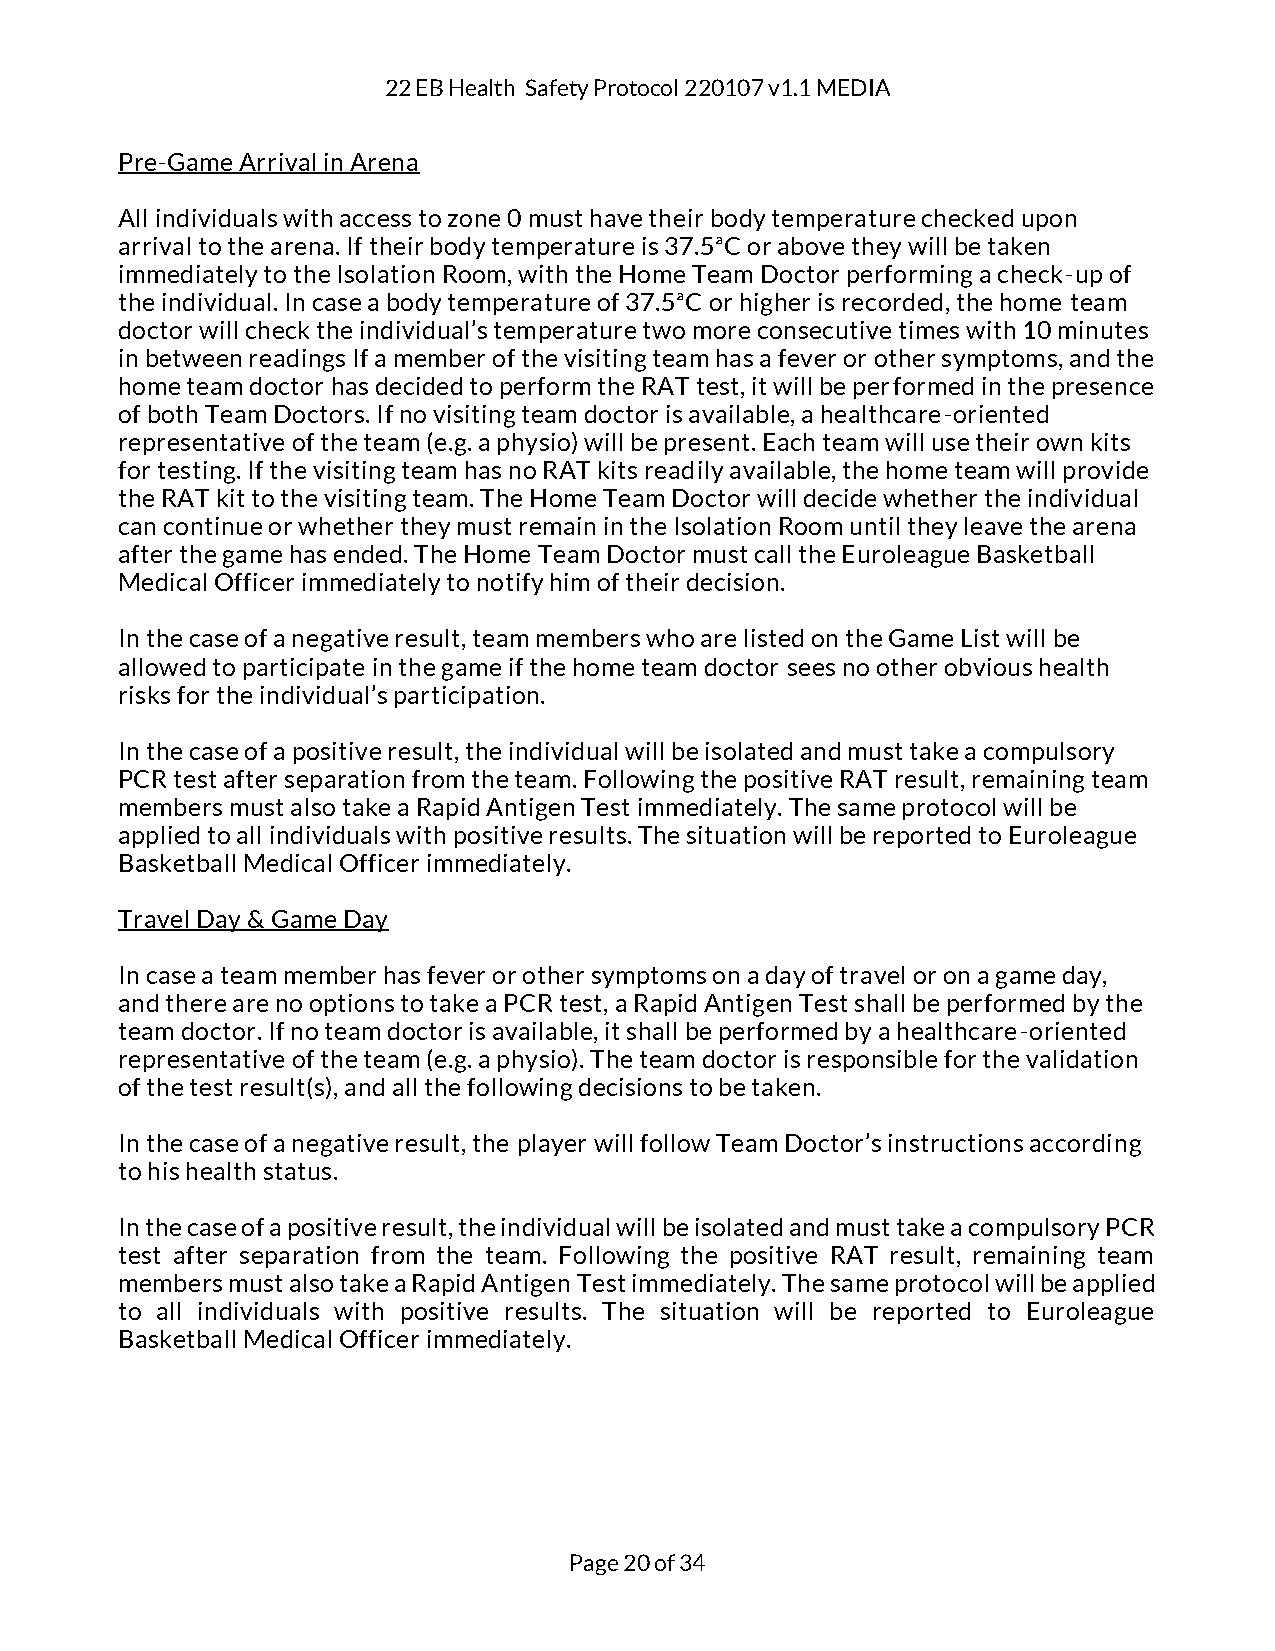
22 EB Health Safety Protocol 220107 v1.1 MEDIA
 Pre-Game Arrival in Arena
 All individuals with access to zone 0 must have their body temperature checked upon
 arrival to the arena. If their body temperature is 37.5ªC or above they will be taken
 immediately to the Isolation Room, with the Home Team Doctor performing a check-up of
 the individual. In case a body temperature of 37.5ªC or higher is recorded, the home team
 doctor will check the individual’s temperature two more consecutive times with 10 minutes
 in between readings If a member of the visiting team has a fever or other symptoms, and the
 home team doctor has decided to perform the RAT test, it will be performed in the presence
 of both Team Doctors. If no visiting team doctor is available, a healthcare-oriented
 representative of the team (e.g. a physio) will be present. Each team will use their own kits
 for testing. If the visiting team has no RAT kits readily available, the home team will provide
 the RAT kit to the visiting team. The Home Team Doctor will decide whether the individual
 can continue or whether they must remain in the Isolation Room until they leave the arena
 after the game has ended. The Home Team Doctor must call the Euroleague Basketball
 Medical Officer immediately to notify him of their decision.
 In the case of a negative result, team members who are listed on the Game List will be
 allowed to participate in the game if the home team doctor sees no other obvious health
 risks for the individual’s participation.
 In the case of a positive result, the individual will be isolated and must take a compulsory
 PCR test after separation from the team. Following the positive RAT result, remaining team
 members must also take a Rapid Antigen Test immediately. The same protocol will be
 applied to all individuals with positive results. The situation will be reported to Euroleague
 Basketball Medical Officer immediately.
 Travel Day & Game Day
 In case a team member has fever or other symptoms on a day of travel or on a game day,
 and there are no options to take a PCR test, a Rapid Antigen Test shall be performed by the
 team doctor. If no team doctor is available, it shall be performed by a healthcare-oriented
 representative of the team (e.g. a physio). The team doctor is responsible for the validation
 of the test result(s), and all the following decisions to be taken.
 In the case of a negative result, the player will follow Team Doctor’s instructions according
 to his health status.
 In the case of a positive result, the individual will be isolated and must take a compulsory PCR
 test after separation from the team. Following the positive RAT result, remaining team
 members must also take a Rapid Antigen Test immediately. The same protocol will be applied
 to all individuals with positive results. The situation will be reported to Euroleague
 Basketball Medical Officer immediately.
 Page 20 of 34